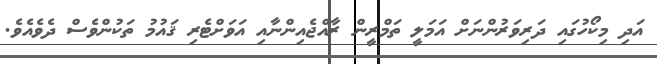
އަދި މިކޯހުގައި ދަރިވަރުންނަށް އަމަލީ ތަމްރީން ރާއްޖެއިންނާއި އަވަށްޓެރި ޤައުމު ތަކުންވެސް ދެވެއެވެ.